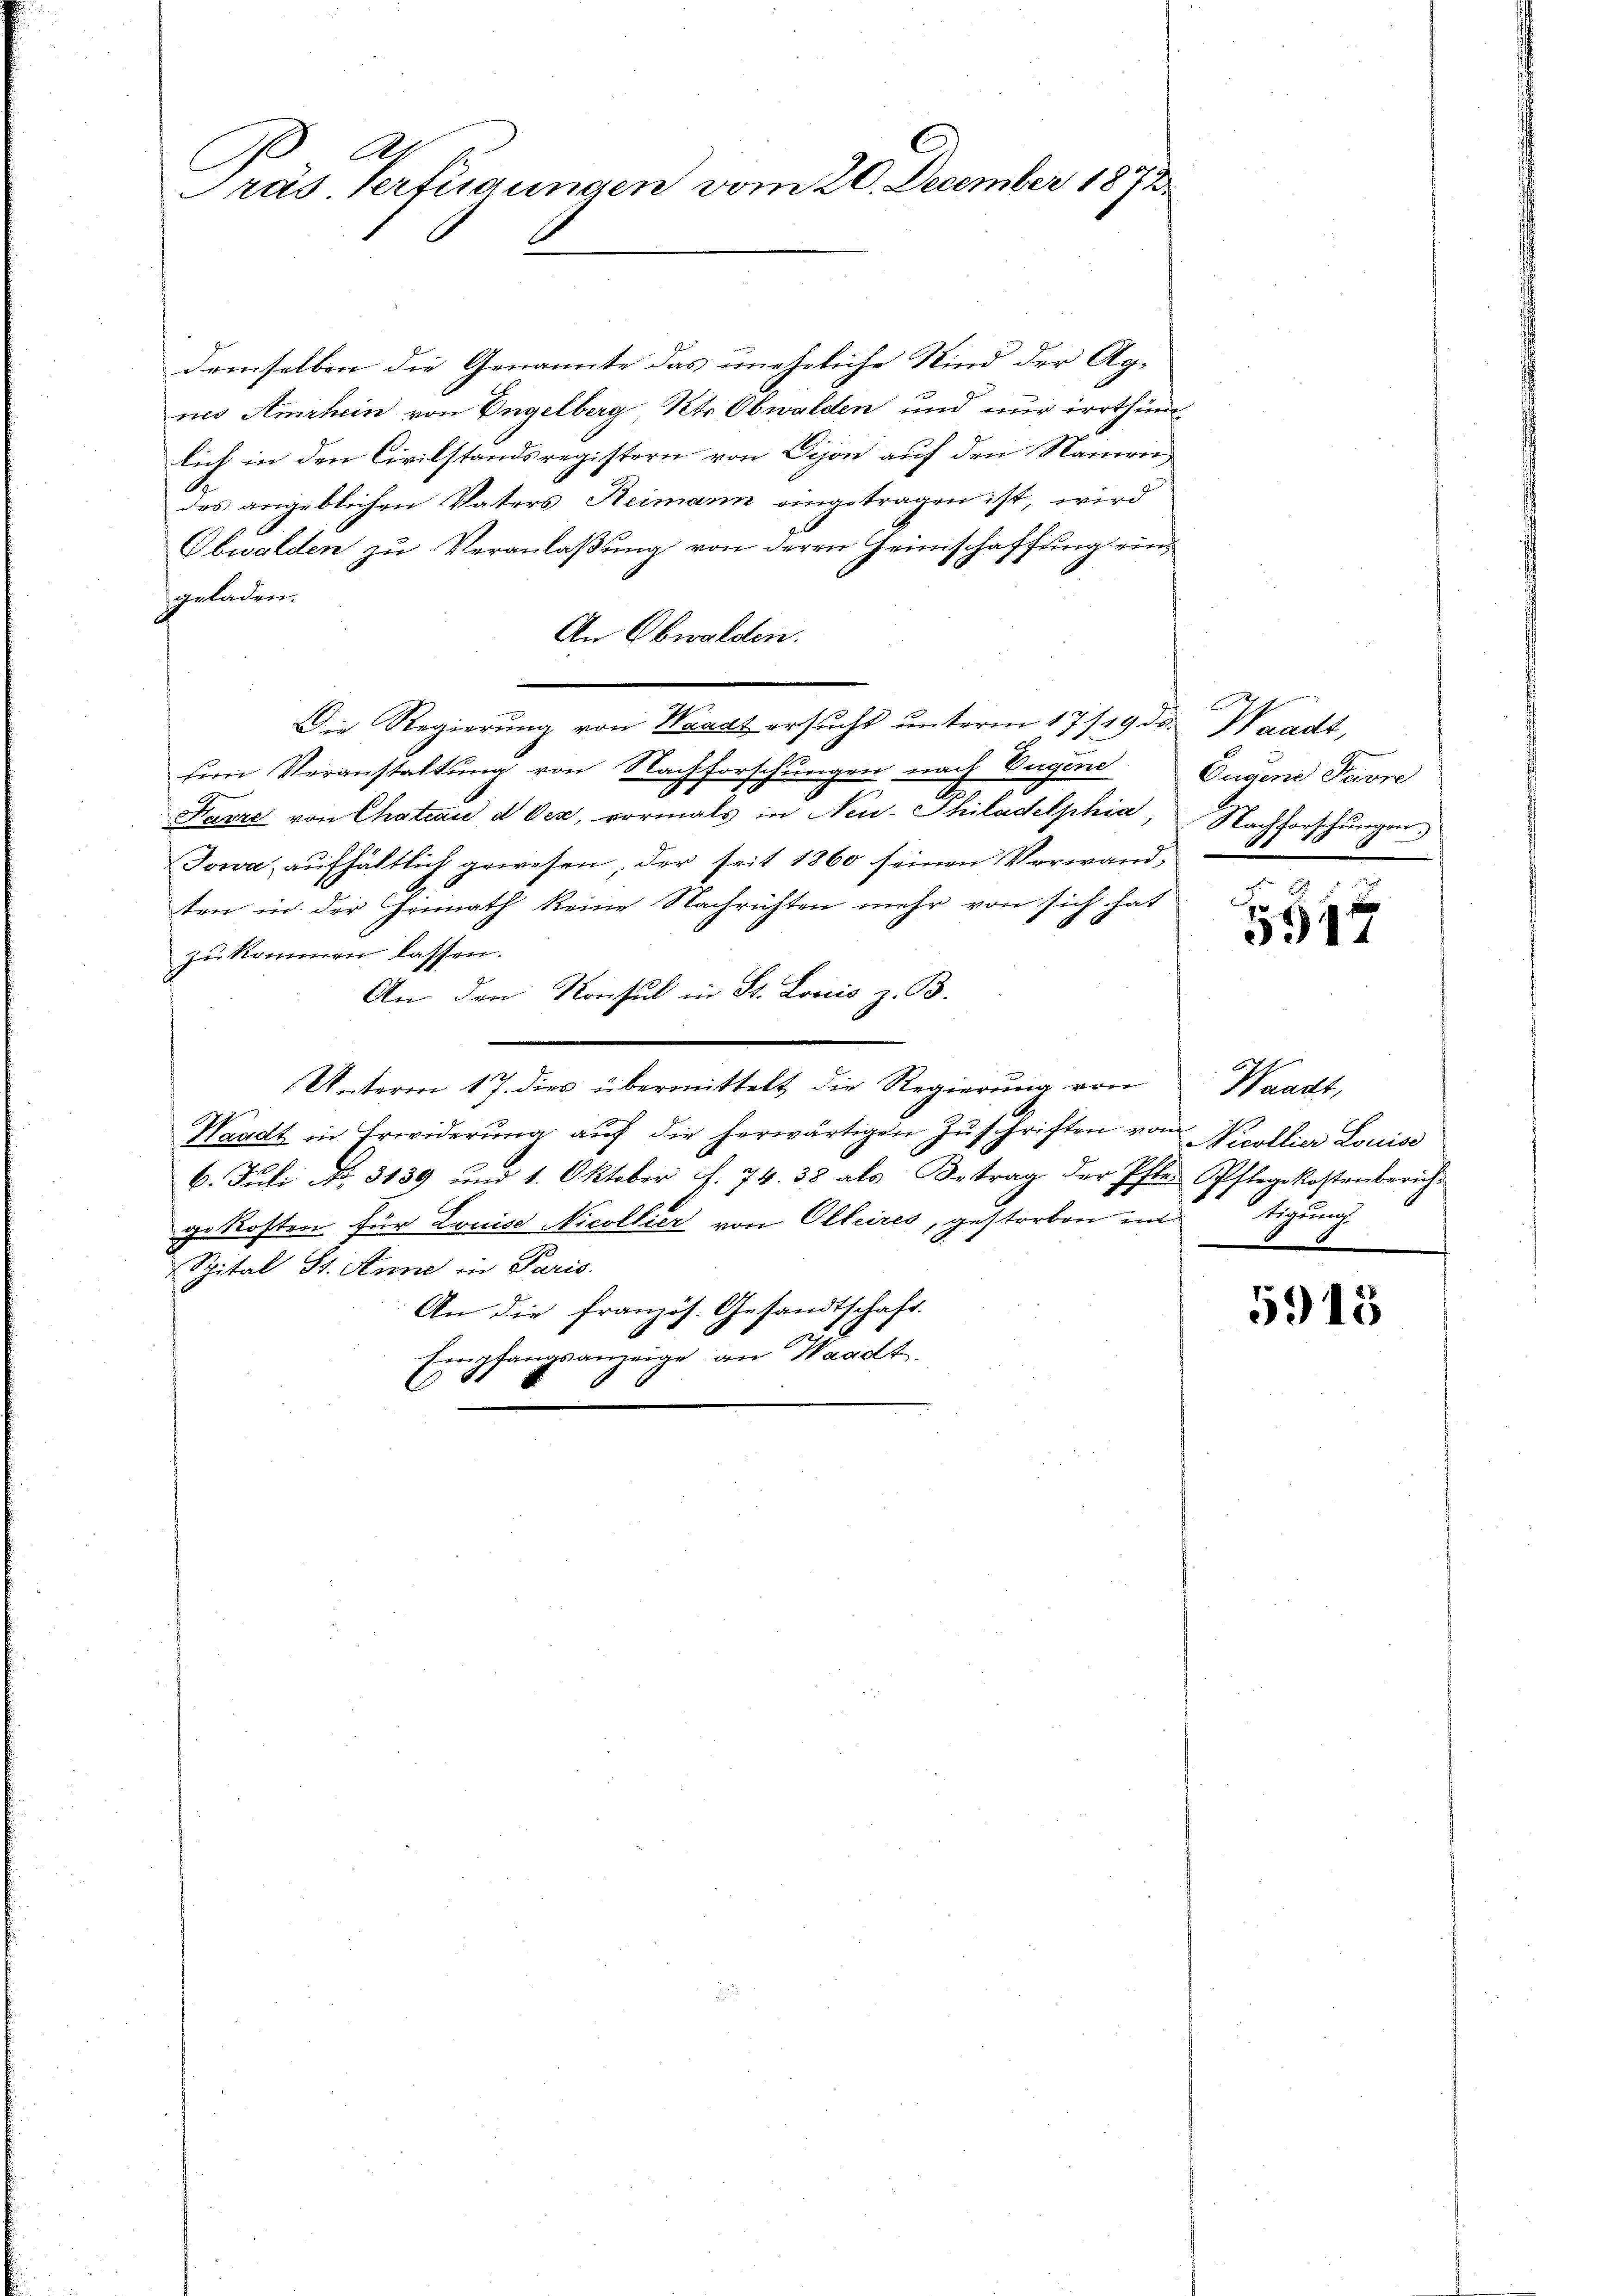
10
Präs. Verfügungen vom 20. December 1872

demselben die Genannte das uneheliche Kind der Agnes Amrhein von Engelberg Kts. Obwalden und nur irrthümlich in den Civilstandsregistern von Dison auf den Namen
des angeblichen Vaters Heimann eingetragen ist, wird
Obwalden zu Veranlaßung von deren Heimschaffung eingeladen.
An Obwalden.
Die Regierung von Waadt ersucht unterm 17/19. ds. Waadt,
sem Veranstaltung von Nachforschungen nach Vugene
Favre von Chateau d Oex, vormals in Neu- Philadelphia,
Jowa, aufhältlich gewesen, der seit 1860 seinen Verwandten in der Heimath keine Nachrichten mehr von sich hat
zu kommen lassen.
An den Konsul in St. Louis z. B.
Unterm 17. dies übermittelt die Regierung von
Waadt in Erwiderŭng aŭf die herwärtigen Zŭschriften von Nicollier Louiss
6. Juli No. 3139 und 1. Oktober f. 74. 38 als Betrag der Pfler Pflegekostenbericht
gekosten für Louise Nicollier von Olteires, gestorben instigung
Spital St. Anne in Paris.
An die französ. Gesandtschaft.
x
Empfangsanzeige an Waadt.

Eugene Favre
Nachforschungen.
.
i

1

Waadt,

5915